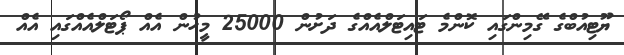
ޔޫޓިއުބްގެ ގޭމިންގައި ކޮންމެ ޓައިޓަލްއެއްގެ ދަށުން 25000 މީހުން އެއް ޕޯޓަލްްއެއްގައި އެއް